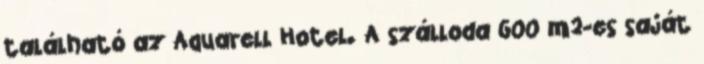
található az Aquarell Hotel. A szálloda 600 m2-es saját